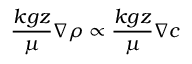
\frac { k g z } { \mu } \nabla \rho \propto \frac { k g z } { \mu } \nabla c